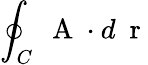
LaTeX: \oint_{C}\mathrm{~\mathbf~A~}\cdot d\mathrm{~\mathbf~r~}